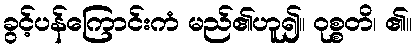
ခွင့်ပန်ကြောင်းကံ မည်၏ဟူ၍။ ဝုစ္စတိ၊ ၏။